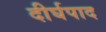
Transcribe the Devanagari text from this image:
दीर्घपाद